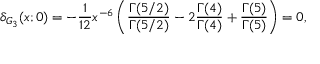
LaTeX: \delta _ { G _ { 3 } } ( x ; 0 ) = - { \frac { 1 } { 1 2 } } { x ^ { - 6 } } \left( { \frac { \Gamma ( 5 / 2 ) } { \Gamma ( 5 / 2 ) } } - 2 { \frac { \Gamma ( 4 ) } { \Gamma ( 4 ) } } + { \frac { \Gamma ( 5 ) } { \Gamma ( 5 ) } } \right) = 0 ,